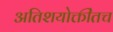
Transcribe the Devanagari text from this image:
अतिशयोक्तींतच